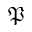
\mathfrak { P }